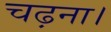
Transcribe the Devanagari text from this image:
चढ़ना।